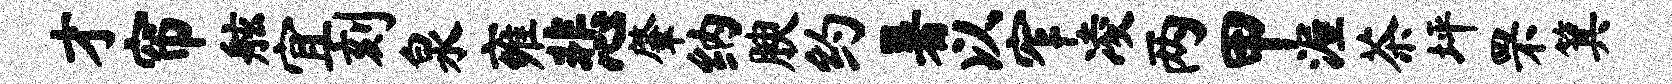
才帘舷宜刻泉雍悲肇纳腴约暑以窄凌两甲渥茶坪罘箕